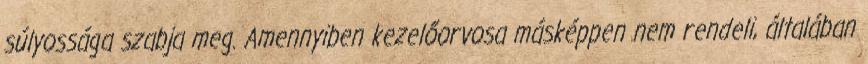
súlyossága szabja meg. Amennyiben kezelőorvosa másképpen nem rendeli, általában